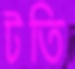
টতি